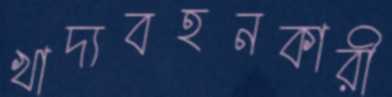
খাদ্যবহনকারী